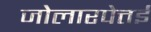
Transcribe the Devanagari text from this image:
जोलारपेत्तई